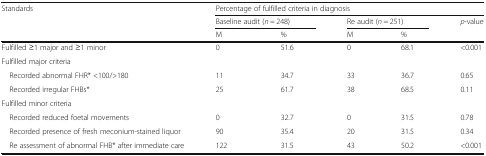
<table><thead><tr><td rowspan="3"><b>Standards</b></td><td colspan="5"><b>Percentage of fulfilled criteria in diagnosis</b></td></tr><tr><td colspan="2"><b>Baseline audit (<i>n</i> = 248)</b></td><td colspan="2"><b>Re audit (<i>n</i> = 251)</b></td><td><b><i>p</i>-value</b></td></tr><tr><td><b>M</b></td><td><b>%</b></td><td><b>M</b></td><td><b>%</b></td><td></td></tr></thead><tbody><tr><td>Fulfilled ≥1 major and ≥1 minor</td><td>0</td><td>51.6</td><td>0</td><td>68.1</td><td>&lt;0.001</td></tr><tr><td colspan="6">Fulfilled major criteria</td></tr><tr><td> Recorded abnormal FHR* &lt;100/&gt;180</td><td>11</td><td>34.7</td><td>33</td><td>36.7</td><td>0.65</td></tr><tr><td> Recorded irregular FHBs*</td><td>25</td><td>61.7</td><td>38</td><td>68.5</td><td>0.11</td></tr><tr><td colspan="6">Fulfilled minor criteria</td></tr><tr><td> Recorded reduced foetal movements</td><td>0</td><td>32.7</td><td>0</td><td>31.5</td><td>0.78</td></tr><tr><td> Recorded presence of fresh meconium-stained liquor</td><td>90</td><td>35.4</td><td>20</td><td>31.5</td><td>0.34</td></tr><tr><td> Re assessment of abnormal FHB* after immediate care</td><td>122</td><td>31.5</td><td>43</td><td>50.2</td><td>&lt;0.001</td></tr></tbody></table>